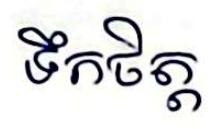
ទឹកចិត្ត